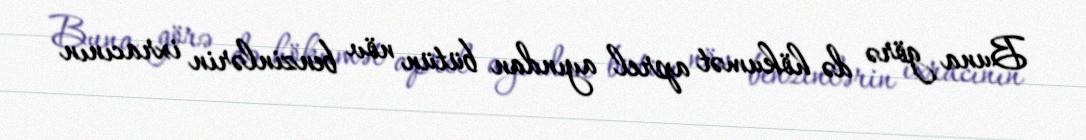
Buna görə də hökumət aprel ayından bütün növ benzinlərin ixracının